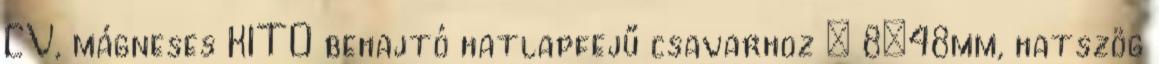
CV, mágneses KITO behajtó hatlapfejű csavarhoz ; 8×48mm, hatszög